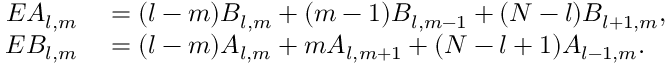
\begin{array} { r l } { E A _ { l , m } } & { { } = ( l - m ) B _ { l , m } + ( m - 1 ) B _ { l , m - 1 } + ( N - l ) B _ { l + 1 , m } , } \\ { E B _ { l , m } } & { { } = ( l - m ) A _ { l , m } + m A _ { l , m + 1 } + ( N - l + 1 ) A _ { l - 1 , m } . } \end{array}